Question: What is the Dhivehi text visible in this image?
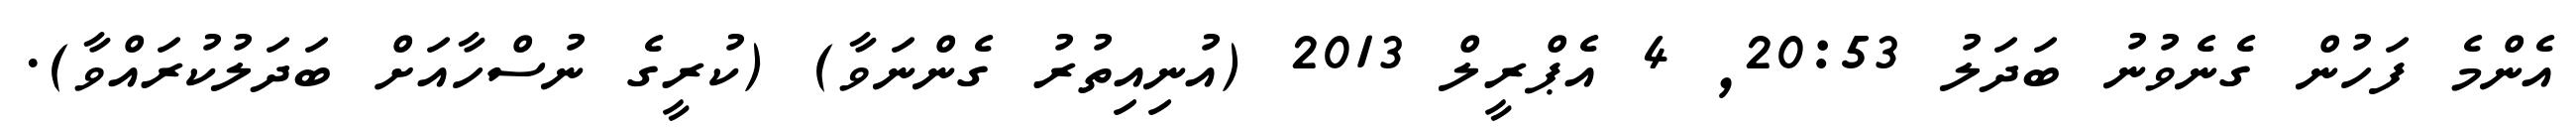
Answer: އެންމެ ފަހުން ގެނެވުނު ބަދަލު 20:53, 4 އެޕްރީލް 2013 (އުނިއިތުރު ގެންނަވާ) (ކުރީގެ ނުސްހާއަށް ބަދަލުކުރައްވާ).